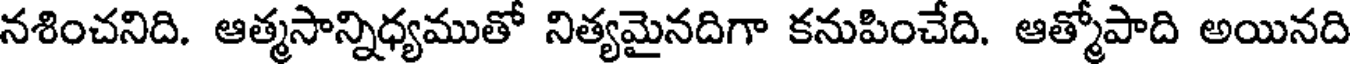
నశించనిది. ఆత్మసాన్నిధ్యముతో నిత్యమైనదిగా కనుపించేది. ఆత్మోపాది అయినది